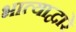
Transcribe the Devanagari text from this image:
भात्याद्वारे